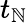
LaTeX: t_{\mathbb{N}}